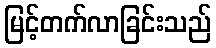
မြင့်တက်လာခြင်းသည်